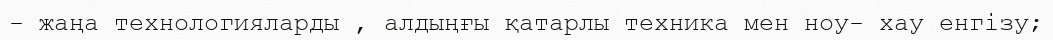
- жаңа технологияларды , алдыңғы қатарлы техника мен ноу- хау енгізу;